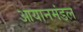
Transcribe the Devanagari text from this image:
आयानमंडल